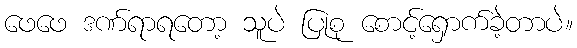
ဖေဖေ ဒဏ်ရာရတော့ သူပဲ ပြုစု စောင့်ရှောက်ခဲ့တာပဲ။